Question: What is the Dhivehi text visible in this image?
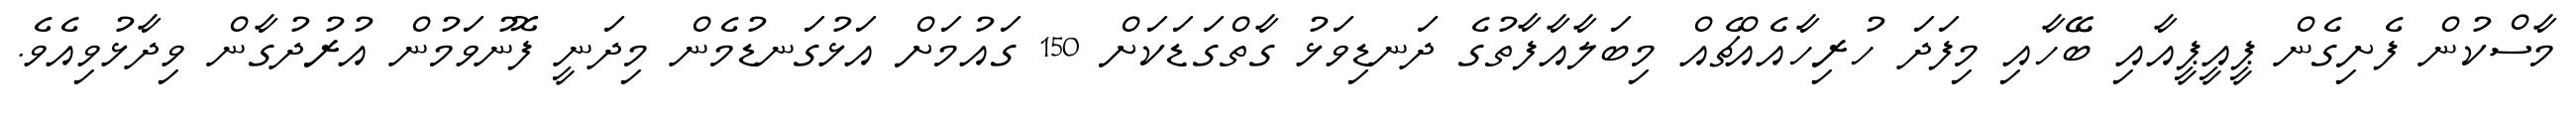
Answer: މާސްކުން ފެށިގެން ޕީއީޕީއާއި ބޭހާއި މިފަދަ ހުރިހާއެއްޗެއް މިބަލާއާފާތުގެ ދަނޑިވަޅު ގާތްގަޑަކަށް 150 ގައުމަށް އަޅުގަނޑުމެން މިދަނީ ފޮނުވަމުން އުރުދުގާން ވިދާޅުވިއެވެ.